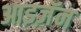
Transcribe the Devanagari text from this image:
आइज़ॅन